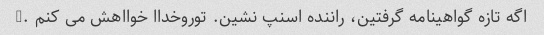
اگه تازه گواهینامه گرفتین، راننده اسنپ نشین. توروخداا خوااهش می کنم .♀